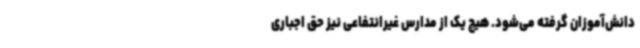
دانش‌آموزان گرفته می‌شود. هیچ ‌یک از مدارس غیرانتفاعی نیز حق اجباری